Annual vaccination report of Bihar and Orissa - 1911-1928
Year: 1911
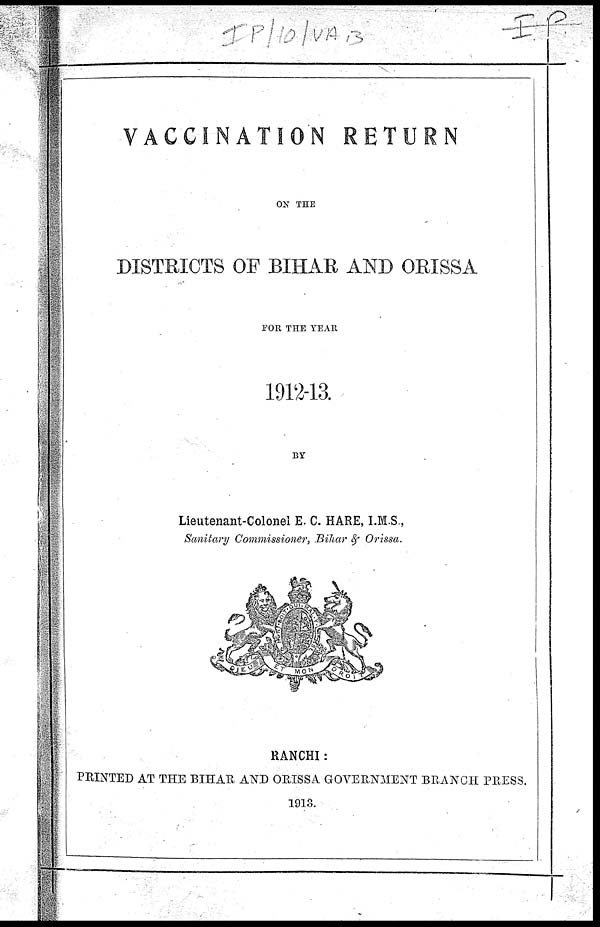
VACCINATION RETURN
ON THE
DISTRICTS OF BIHAR AND ORISSA
FOR THE YEAR
1912-13.
BY
Lieutenant-Colonel E. C. HARE, I.M.S.,
Sanitary Commissioner, Bihar & Orissa.
RANCHI:
PRINTED AT THE BIHAR AND ORISSA GOVERNMENT BRANCH PRESS.
1913.